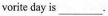
vorite day is___.